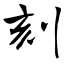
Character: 刻